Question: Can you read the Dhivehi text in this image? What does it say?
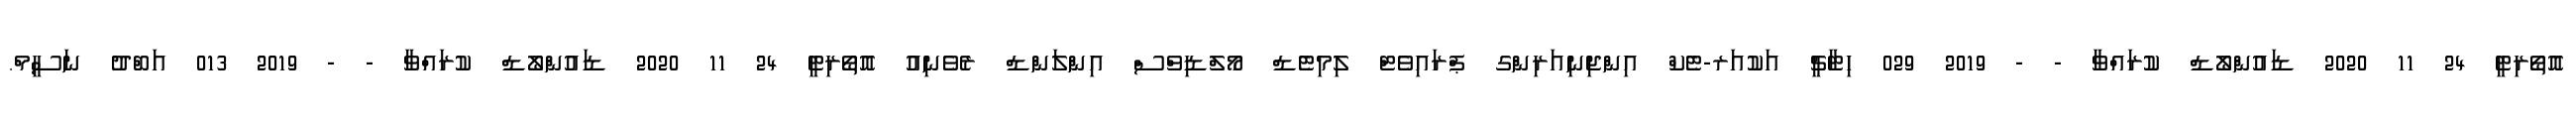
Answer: އޮތޯރިޓީ 24 11 2020 ޑައުންލޯޑް ކުރައްވާ - - 2019 029 ހިޓާޗީ އަކުއަރ-ޓެކް އިންޖިނިއަރިންގ ޕްރައިވެޓް ލިމިޓެޑް މޯލްޑިވްސް އިންލަންޑް ރެވެނިއު އޮތޯރިޓީ 24 11 2020 ޑައުންލޯޑް ކުރައްވާ - - 2019 013 އަބްދު ނަސީމް.